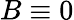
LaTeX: B\equiv 0